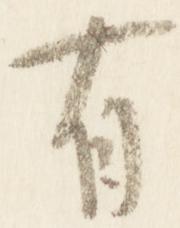
有